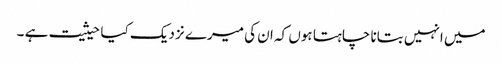
میں انہیں بتانا چاہتا ہوں کہ ان کی میرے نزدیک کیا حیثیت ہے ۔